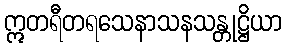
ဣတရီတရသေနာသနသန္တုဋ္ဌိယာ